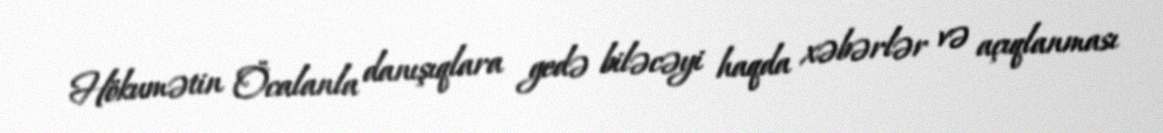
Hökumətin Öcalanla danışıqlara gedə biləcəyi haqda xəbərlər və açıqlanması